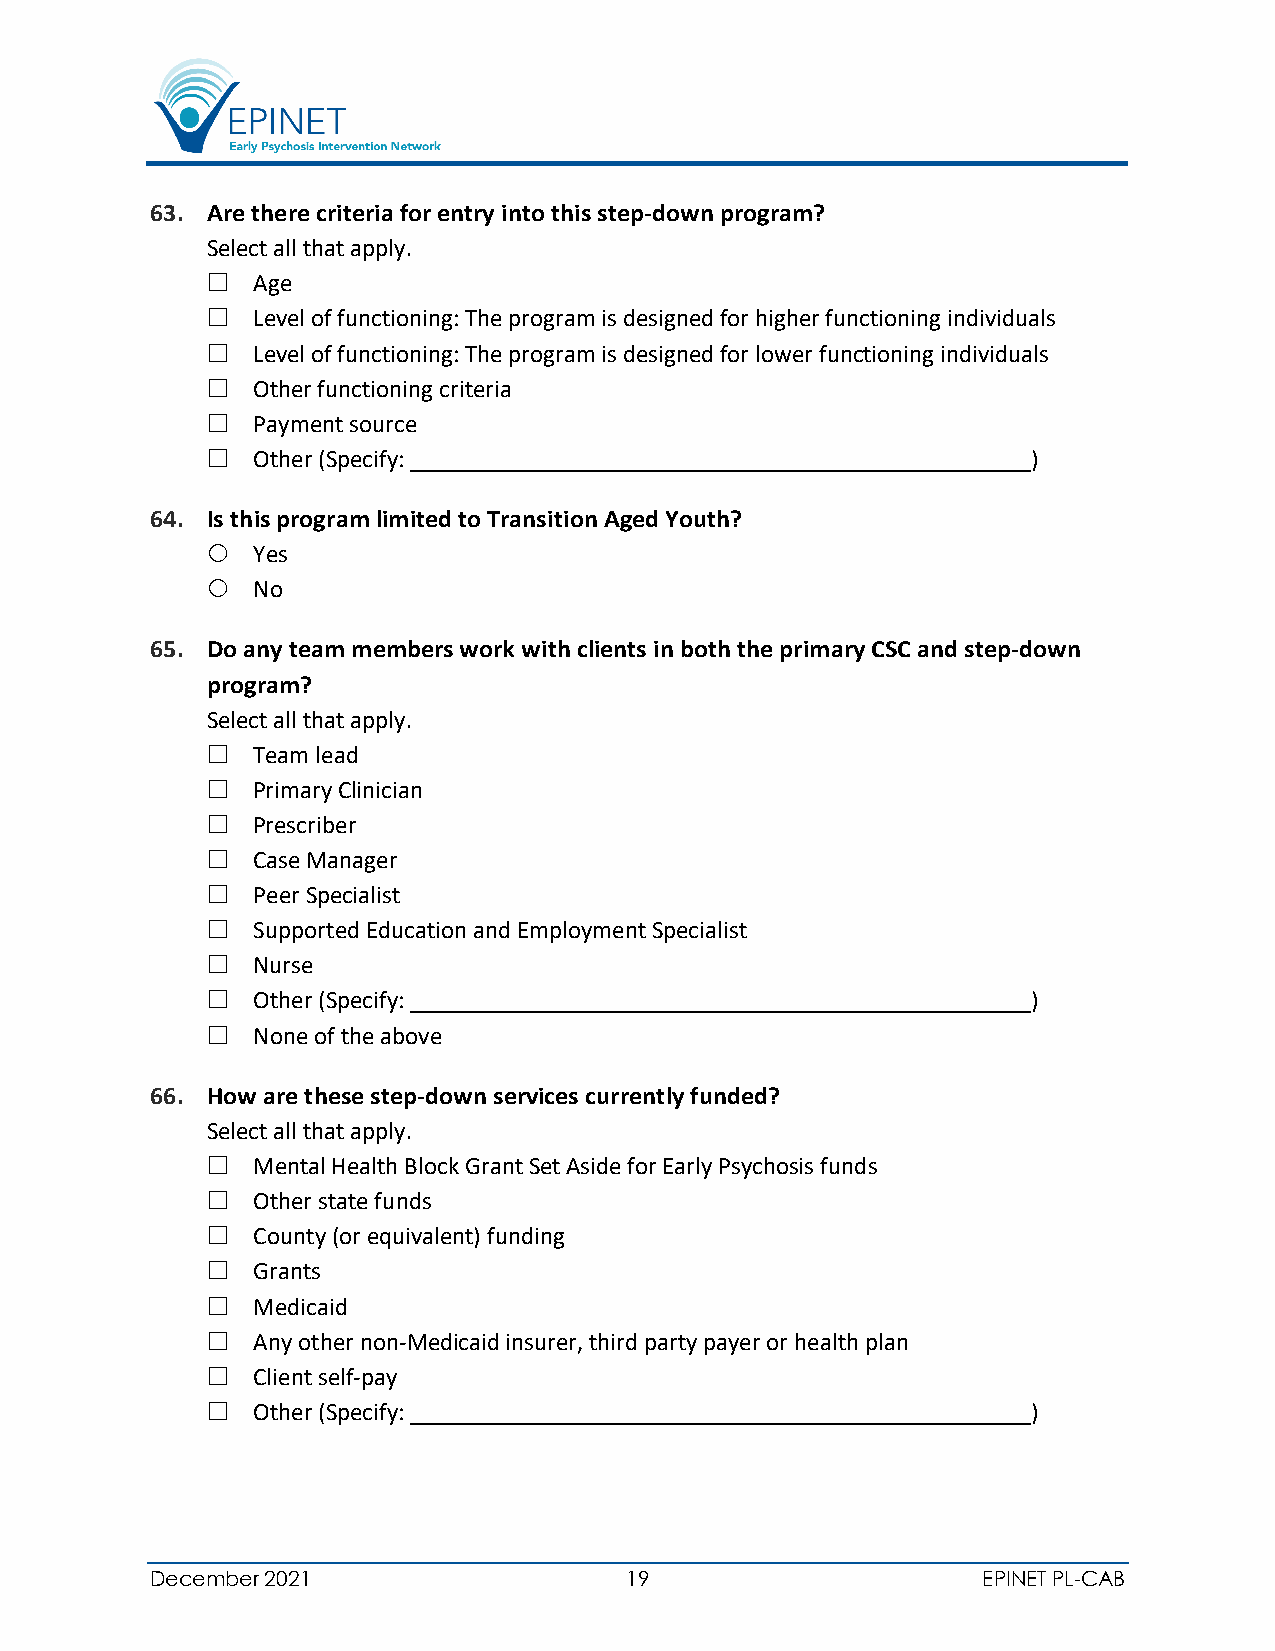
63. Are there criteria for entry into this step-down program?
 Select all that apply.
   Age
   Level of functioning: The program is designed for higher functioning individuals
   Level of functioning: The program is designed for lower functioning individuals
   Other functioning criteria
   Payment source
   Other (Specify:                                    )
 64. Is this program limited to Transition Aged Youth?
   Yes
   No
 65. Do any team members work with clients in both the primary CSC and step-down
 program?
 Select all that apply.
   Team lead
   Primary Clinician
   Prescriber
   Case Manager
   Peer Specialist
   Supported Education and Employment Specialist
   Nurse
   Other (Specify:                                    )
   None of the above
 66. How are these step-down services currently funded?
 Select all that apply.
   Mental Health Block Grant Set Aside for Early Psychosis funds
   Other state funds
   County (or equivalent) funding
   Grants
   Medicaid
   Any other non-Medicaid insurer, third party payer or health plan
   Client self-pay
   Other (Specify:                                    )
 December 2021                  19                      EPINET PL-CAB